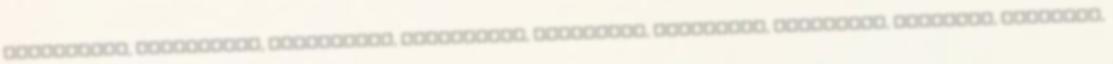
pillanatot, homlokomra, mozdulatot, pillanatra, emlékszel, gyermeket, tartottál, kegyelem, amelyben,